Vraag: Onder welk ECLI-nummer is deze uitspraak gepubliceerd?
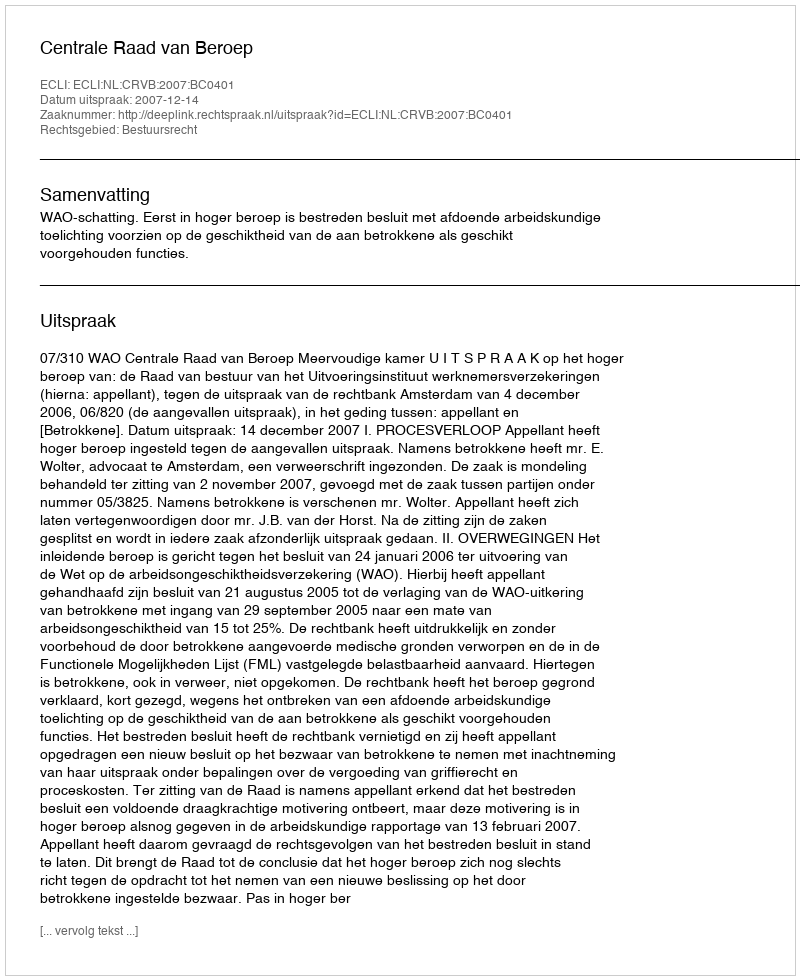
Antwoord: ECLI:NL:CRVB:2007:BC0401